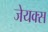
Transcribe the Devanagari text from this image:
जेयक्स